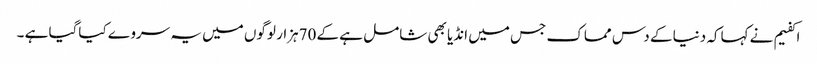
اکفیم نے کہاکہ دنیا کے دس مماک جس میں انڈیا بھی شامل ہے کے 70ہزار لوگوں میں یہ سروے کیاگیا ہے ۔